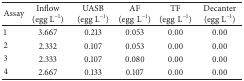
<table><thead><tr><td><b>Assay</b></td><td><b>Inflow (egg L<sup>−1</sup>)</b></td><td><b>UASB (egg L<sup>−1</sup>)</b></td><td><b>AF (eggL<sup>−1</sup>)</b></td><td><b>TF (eggL<sup>−1</sup>)</b></td><td><b>Decanter (egg L<sup>−1</sup>)</b></td></tr></thead><tbody><tr><td>1</td><td>3.667</td><td>0.213</td><td>0.053</td><td>0.00</td><td>0.00</td></tr><tr><td>2</td><td>2.332</td><td>0.107</td><td>0.053</td><td>0.00</td><td>0.00</td></tr><tr><td>3</td><td>2.333</td><td>0.107</td><td>0.080</td><td>0.00</td><td>0.00</td></tr><tr><td>4</td><td>2.667</td><td>0.133</td><td>0.107</td><td>0.00</td><td>0.00</td></tr></tbody></table>